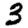
Digit: 3